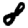
Digit: 8